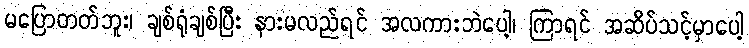
မပြောတတ်ဘူး၊ ချစ်ရုံချစ်ပြီး နားမလည်ရင် အလကားဘဲပေါ့၊ ကြာရင် အဆိပ်သင့်မှာပေါ့